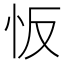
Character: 㤆